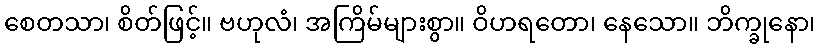
စေတသာ၊ စိတ်ဖြင့်။ ဗဟုလံ၊ အကြိမ်များစွာ။ ဝိဟရတော၊ နေသော။ ဘိက္ခုနော၊